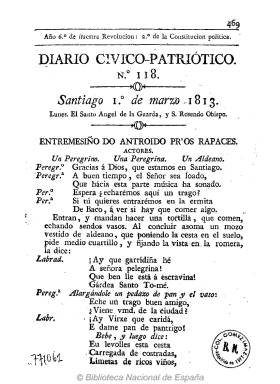
Título: Diario cívico-patriótico
Otros títulos: Diario cívico patriótico
Colección: Periódicos anteriores a 1850
Ámbito geográfico: La Coruña
Lugar de publicación: Santiago [de Compostela]
Fechas: 01/03/1813-29/05/1813

Periódico político de ideas reformistas y noticioso de la guerra de la independencia (Gómez Ímaz: 1910), que forma parte de la prensa liberal y constitucionalista compostelana. Comenzó a publicarse el 15 de octubre de 1812 (Luis del Arco: 1914, y Barreiro Fernández: 2008), o en noviembre, según el citado Gómez Ímaz, en formato en 4º, con cuatro páginas por entrega, foliación continuada, y compuestas a una columna. Salía de la Oficina del orensano Juan María de Pazos, que había abierto su imprenta en Santiago de Compostela ese mismo año.

Sus fundadores y editores son el afrancesado periodista y jurista José Verea y Aguiar (1775-1849) y Antonio Benito Fandiño Losada (1779-1831), el escritor gallego más prolífico de la época, quién formó parte, junto con el converso del liberalismo al absolutismo Manuel Freire Castrillón (1751-1820) y el liberal Manuel Pardo de Andrade (1760-1832), de la “tríada” de los más destacados periodistas de esta región de comienzos del diecinueve, considerado también como uno de los “padres” del teatro gallego, y amigo personal del impresor Pazos (Pardo de Neyra: 2008).

También participó en la redacción de esta publicación –que salía todos los días, excepto los domingos– el escritor y político Sinforiano López Alía (1780-1815), principal líder de la rebelión contra las tropas napoleónicas en La Coruña, y Juan Cisneros, entre otros, como el también liberal Pedro de Llano.

La colección de este título en la Biblioteca Nacional de España (BNE) comprende desde el número 118, de uno de marzo de 1813, al número 195, del 29 de mayo de ese año. Al final de este se indica en un Aviso que “los editores de este periódico se ven en la precisión de separarse de la empresa desde el día de hoy”. Según María de Lourdes Pérez González (2012), pudo deberse a diferencias entre el impresor y los editores. No se sabe cuánto tiempo estaría publicándose más. Luis del Arco señala que hasta finales de ese mismo año 1813. Barreiro Fernández (2008) se atreve a dar una fecha exacta: 31 de diciembre.

Es un periódico típico de la guerra napoleónica, que lleva en su cabecera el lema en las entregas de su colección en la BNE: “Año 6º de nuestra Revolución: 2º de la Constitución política”. Comienza con el santoral, publica artículos, alguno de ellos en lengua gallega, y noticias de España, principalmente de Cádiz, y del Extranjero, sobre todo de las guerras napoleónicas, así como algunos anuncios, bibliografía o algunas poesías también lengua gallega.

Delatado por el citado Freire Castrillón, nombrado por Fernando VII secretario de la Inquisición gallega, y Fr. Manuel de Gregorio en 1814, sus ejemplares fueron mandados “recoger” por decreto del arzobispo Rafael Múzquiz y Aldunati, del 22 de julio de 1815. Sus redactores fueron también perseguidos al restablecerse la reacción absolutista fernandina.

Pedro de Llano, que había publicado artículos sobre las ventajas de la constitución doceañista, fue denunciado en 1814 por su acendrado liberalismo y acusado de ser cabecilla del Club de la Esperanza. (Mariño Bobillo: 2004). A esta organización sospechosa de masona y jacobina pertenecía también Sinforiano López, quien sería ejecutado en abril de 1813, mientras que Verea, también condenado a muerte, pudo exiliarse en 1814 a Portugal. Los dos, junto a Fandiño, descrito como un personaje “atrabiliario” y “divertido y ácido periodista”, colaboraron en otros periódicos gallegos del periodo.